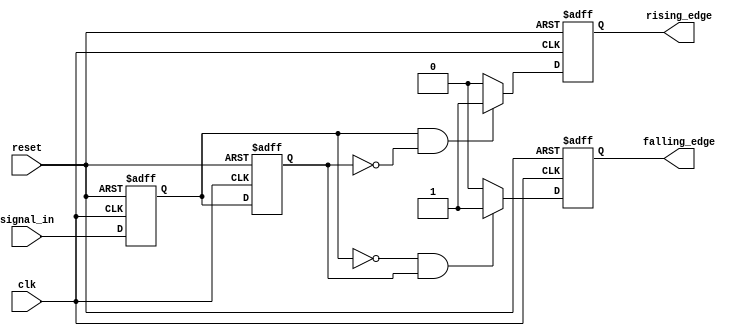
module dual_edge_detector (
    input wire clk,          // Clock signal
    input wire reset,        // Asynchronous reset signal
    input wire signal_in,    // Input signal to detect edges
    output reg rising_edge,  // Output signal for rising edge detection
    output reg falling_edge  // Output signal for falling edge detection
);

    // Memory elements to store current and previous states of the input signal
    reg curr_state;
    reg prev_state;

    // Synchronous process to sample the signal
    always @(posedge clk or posedge reset) begin
        if (reset) begin
            curr_state <= 1'b0;   // Initialize current state to 0 on reset
            prev_state <= 1'b0;   // Initialize previous state to 0 on reset
            rising_edge <= 1'b0;   // Clear rising edge signal
            falling_edge <= 1'b0;  // Clear falling edge signal
        end else begin
            // Edge detection logic
            prev_state <= curr_state; // Update previous state to current state
            curr_state <= signal_in;   // Sample the input signal

            // Detect rising edge
            if (curr_state == 1'b1 && prev_state == 1'b0) begin
                rising_edge <= 1'b1; // Set rising edge high
            end else begin
                rising_edge <= 1'b0; // Clear rising edge signal
            end

            // Detect falling edge
            if (curr_state == 1'b0 && prev_state == 1'b1) begin
                falling_edge <= 1'b1; // Set falling edge high
            end else begin
                falling_edge <= 1'b0; // Clear falling edge signal
            end
        end
    end

endmodule